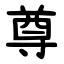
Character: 尊